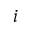
i